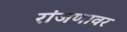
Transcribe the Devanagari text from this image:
रांजणावर